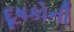
દૂષકોની